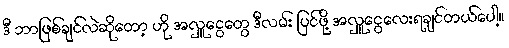
ဒီ ဘာဖြစ်ချင်လဲဆိုတော့ ဟို အလှူငွေတွေ ဒီလမ်း ပြင်ဖို့ အလှူငွေလေးရချင်တယ်ပေါ့။